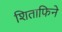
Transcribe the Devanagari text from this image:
शिताफिने